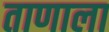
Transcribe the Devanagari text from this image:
ताणाला